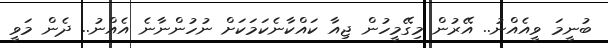
ބުނީމަ ވީއެއްނު.. އޭރުން މިގޭމީހުން ޖިއާ ކައްކާނެކަމަކަށް ނުހުންނާނެ އެއްނު.. ދެން މަވީ